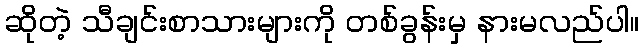
ဆိုတဲ့ သီချင်းစာသားများကို တစ်ခွန်းမှ နားမလည်ပါ။